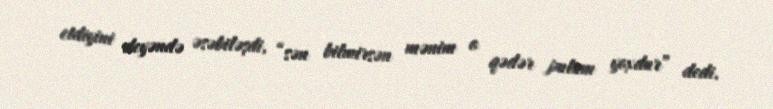
etdiyini deyəndə əsəbiləşdi, “sən bilmirsən mənim o qədər pulum yoxdur” dedi.